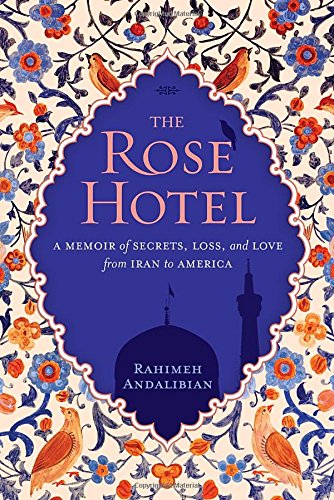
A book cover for The Rose Hotel: A Memoir of Secrets, Loss, and Love From Iran to America; Rahimeh Andalibian; Parenting & Relationships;